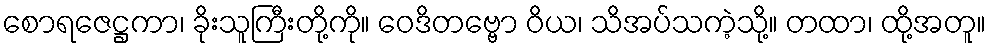
စောရဇေဋ္ဌကာ၊ ခိုးသူကြီးတို့ကို။ ဝေဒိတဗ္ဗော ဝိယ၊ သိအပ်သကဲ့သို့။ တထာ၊ ထို့အတူ။